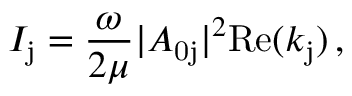
I _ { \mathrm { j } } = \frac { \omega } { 2 \mu } | A _ { \mathrm { 0 j } } | ^ { 2 } \mathrm { R e } ( k _ { \mathrm { j } } ) \, ,